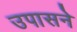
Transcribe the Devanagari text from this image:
उपासने